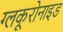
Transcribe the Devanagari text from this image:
ग्लकूरोनाइड